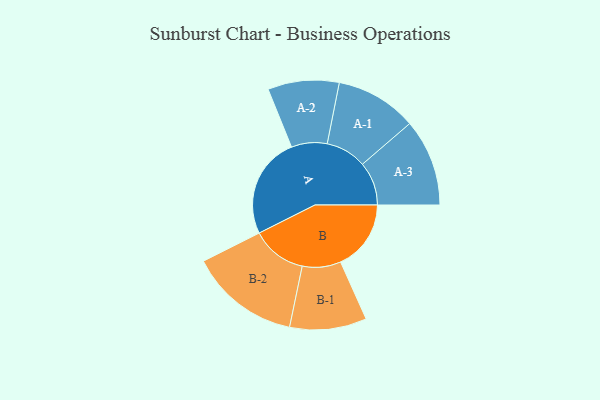
{"axis": {"x": "Segment", "y": "Value"}, "legend": ["", "A", "B"], "data": [{"x": "A", "y": 358, "type": ""}, {"x": "B", "y": 249, "type": ""}, {"x": "A-1", "y": 144, "type": "A"}, {"x": "A-2", "y": 126, "type": "A"}, {"x": "A-3", "y": 154, "type": "A"}, {"x": "B-1", "y": 136, "type": "B"}, {"x": "B-2", "y": 195, "type": "B"}]}